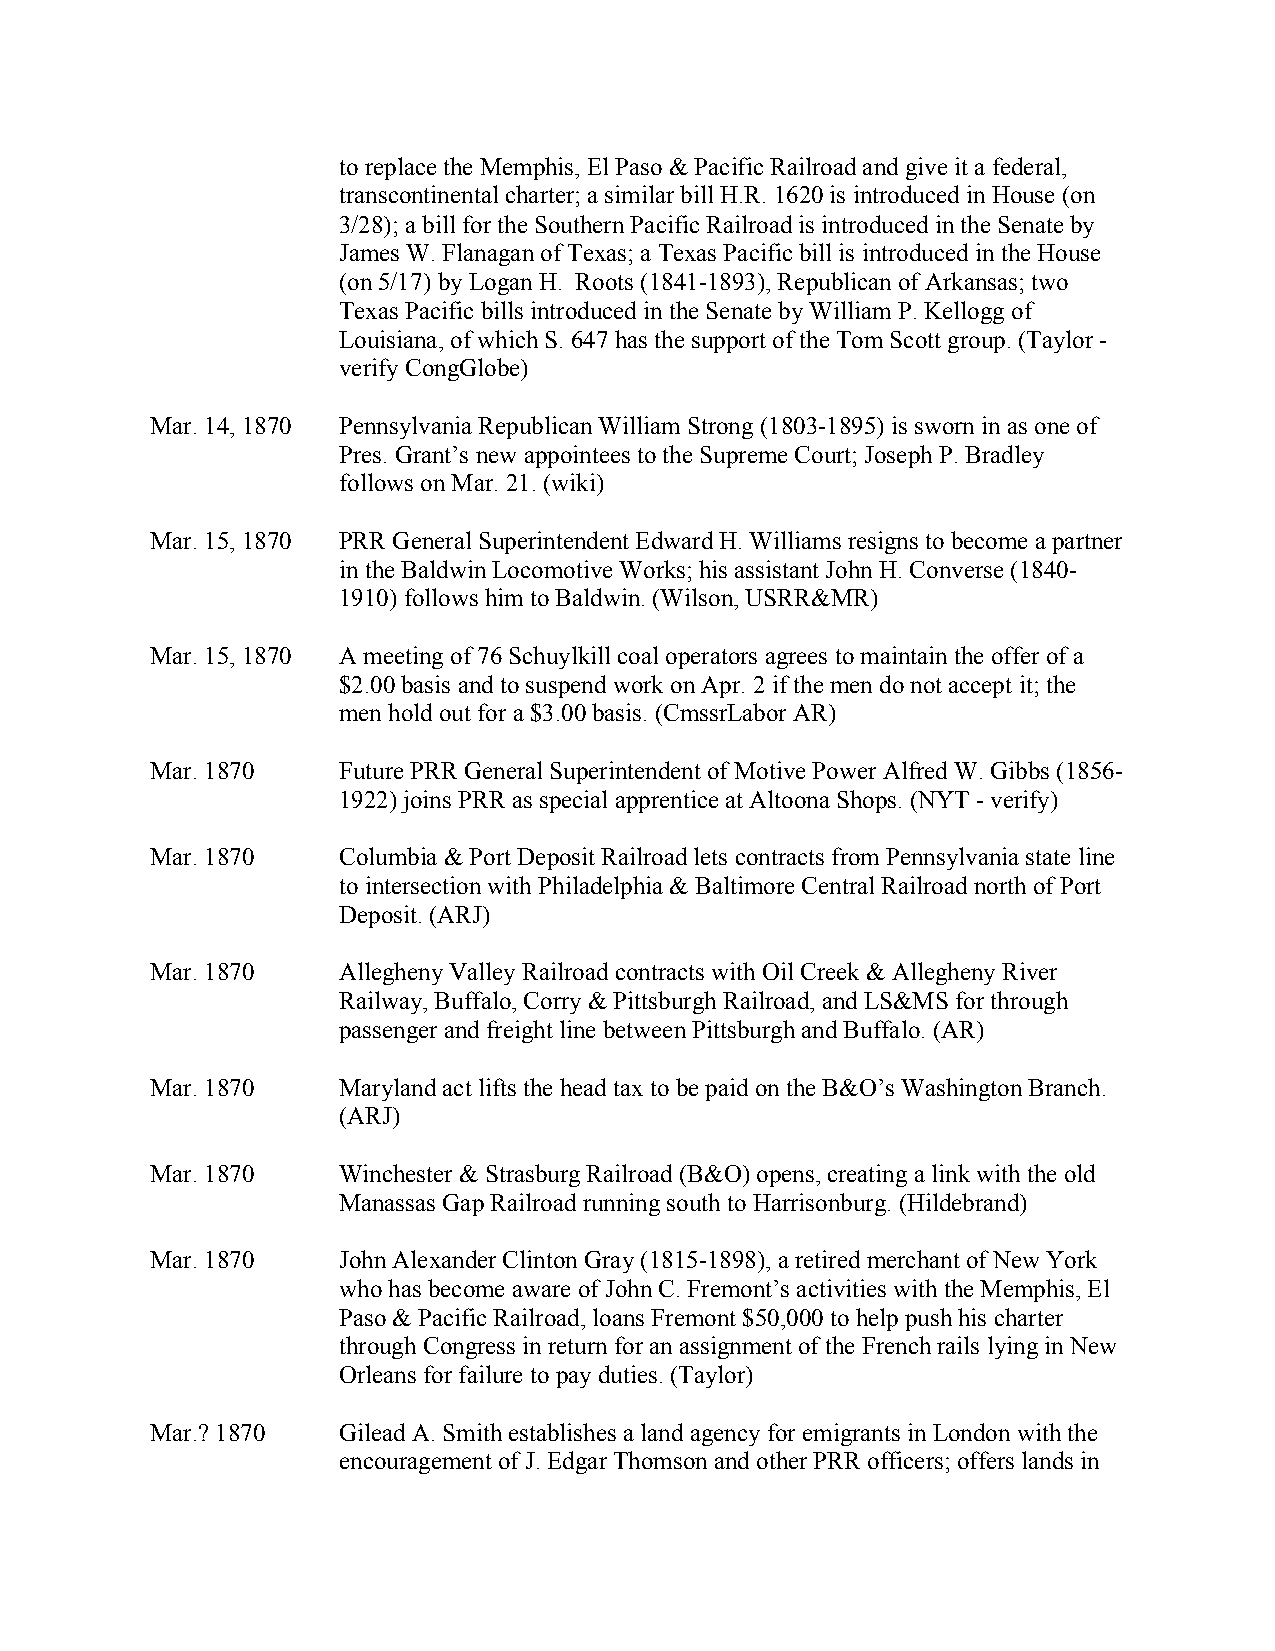
to replace the Memphis, El Paso & Pacific Railroad and give it a federal,
 transcontinental charter; a similar bill H.R. 1620 is introduced in House (on
 3/28); a bill for the Southern Pacific Railroad is introduced in the Senate by
 James W. Flanagan of Texas; a Texas Pacific bill is introduced in the House
 (on 5/17) by Logan H. Roots (1841-1893), Republican of Arkansas; two
 Texas Pacific bills introduced in the Senate by William P. Kellogg of
 Louisiana, of which S. 647 has the support of the Tom Scott group. (Taylor -
 verify CongGlobe)
 Mar. 14, 1870 Pennsylvania Republican William Strong (1803-1895) is sworn in as one of
 Pres. Grant’s new appointees to the Supreme Court; Joseph P. Bradley
 follows on Mar. 21. (wiki)
 Mar. 15, 1870 PRR General Superintendent Edward H. Williams resigns to become a partner
 in the Baldwin Locomotive Works; his assistant John H. Converse (1840-
 1910) follows him to Baldwin. (Wilson, USRR&MR)
 Mar. 15, 1870 A meeting of 76 Schuylkill coal operators agrees to maintain the offer of a
 $2.00 basis and to suspend work on Apr. 2 if the men do not accept it; the
 men hold out for a $3.00 basis. (CmssrLabor AR)
 Mar. 1870   Future PRR General Superintendent of Motive Power Alfred W. Gibbs (1856-
 1922) joins PRR as special apprentice at Altoona Shops. (NYT - verify)
 Mar. 1870   Columbia & Port Deposit Railroad lets contracts from Pennsylvania state line
 to intersection with Philadelphia & Baltimore Central Railroad north of Port
 Deposit. (ARJ)
 Mar. 1870   Allegheny Valley Railroad contracts with Oil Creek & Allegheny River
 Railway, Buffalo, Corry & Pittsburgh Railroad, and LS&MS for through
 passenger and freight line between Pittsburgh and Buffalo. (AR)
 Mar. 1870   Maryland act lifts the head tax to be paid on the B&O’s Washington Branch.
 (ARJ)
 Mar. 1870   Winchester & Strasburg Railroad (B&O) opens, creating a link with the old
 Manassas Gap Railroad running south to Harrisonburg. (Hildebrand)
 Mar. 1870   John Alexander Clinton Gray (1815-1898), a retired merchant of New York
 who has become aware of John C. Fremont’s activities with the Memphis, El
 Paso & Pacific Railroad, loans Fremont $50,000 to help push his charter
 through Congress in return for an assignment of the French rails lying in New
 Orleans for failure to pay duties. (Taylor)
 Mar.? 1870  Gilead A. Smith establishes a land agency for emigrants in London with the
 encouragement of J. Edgar Thomson and other PRR officers; offers lands in